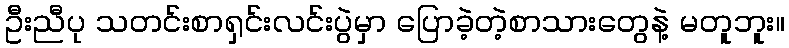
ဦးညီပု သတင်းစာရှင်းလင်းပွဲမှာ ပြောခဲ့တဲ့စာသားတွေနဲ့ မတူဘူး။